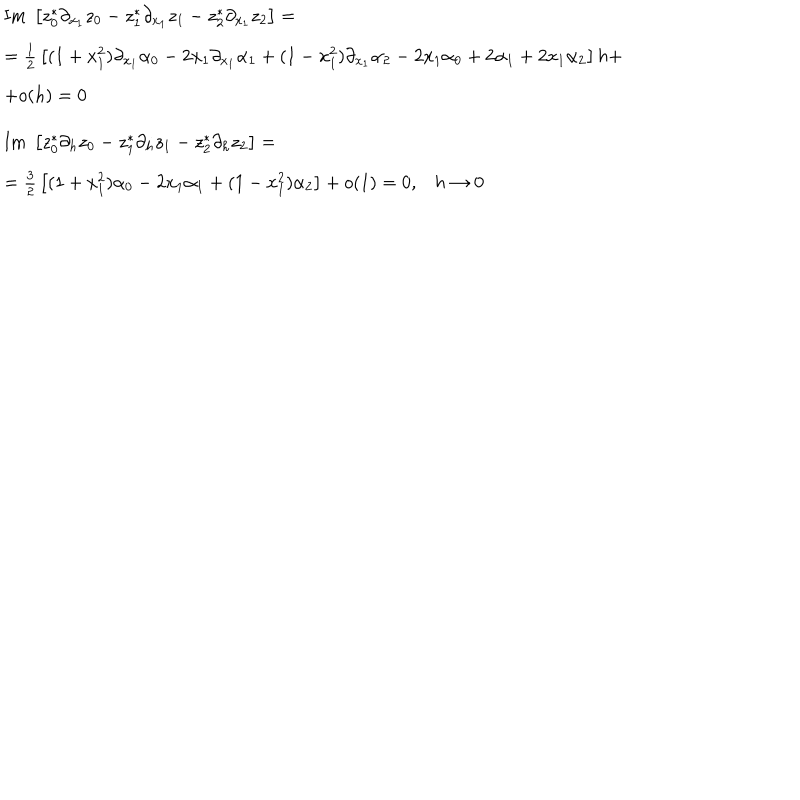
\begin{array} { l } { { \mathrm { I m } \; \left[ z _ { 0 } ^ { * } \partial _ { x _ { 1 } } z _ { 0 } - z _ { 1 } ^ { * } \partial _ { x _ { 1 } } z _ { 1 } - z _ { 2 } ^ { * } \partial _ { x _ { 1 } } z _ { 2 } \right] = } } \\ { { = { \frac { 1 } { 2 } } \left[ ( 1 + x _ { 1 } ^ { 2 } ) \partial _ { x _ { 1 } } \alpha _ { 0 } - 2 x _ { 1 } \partial _ { x _ { 1 } } \alpha _ { 1 } + ( 1 - x _ { 1 } ^ { 2 } ) \partial _ { x _ { 1 } } \alpha _ { 2 } - 2 x _ { 1 } \alpha _ { 0 } + 2 \alpha _ { 1 } + 2 x _ { 1 } \alpha _ { 2 } \right] h + } } \\ { { + o ( h ) = 0 } } \\ { { \mathrm { I m } \; \left[ z _ { 0 } ^ { * } \partial _ { h } z _ { 0 } - z _ { 1 } ^ { * } \partial _ { h } z _ { 1 } - z _ { 2 } ^ { * } \partial _ { h } z _ { 2 } \right] = } } \\ { { = { \frac { 3 } { 2 } } \left[ ( 1 + x _ { 1 } ^ { 2 } ) \alpha _ { 0 } - 2 x _ { 1 } \alpha _ { 1 } + ( 1 - x _ { 1 } ^ { 2 } ) \alpha _ { 2 } \right] + o ( 1 ) = 0 , h \to 0 } } \\ \end{array}